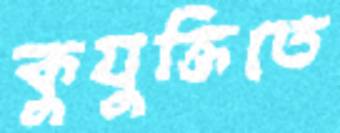
কুযুক্তিতে